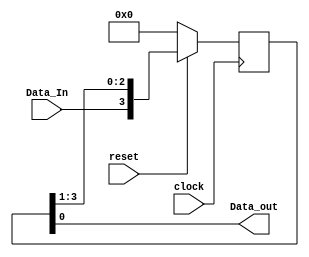
module Shif_reg4 (Data_out, Data_In, clock, reset); 
output Data_out; 
input Data_In, clock, reset; 
reg [3: 0] Data_reg; 
assign Data_out = Data_reg[0]; 
always @ (posedge clock) 
begin 
if (reset == 1'b0) Data_reg <= 4'b0; 
else Data_reg <= {Data_In, Data_reg[3:1]}; 
end 
endmodule 


module tb_Shif_reg4(); 
reg Data_In,reset;
reg clock =0;
wire Data_out;
Shif_reg4 DUT(Data_out, Data_In, clock, reset);

always #5 clock=~clock;      // clock declaration
initial
begin
Data_In=1'b0; reset=0; // apply serial input
#10 reset=1'b1;
#10 Data_In=1'b1; 
#9 Data_In=1'b0; 
#9 Data_In=1'b1; 
end
endmodule